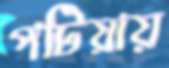
পটিয়ায়